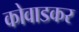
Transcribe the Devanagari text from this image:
कोवाडकर